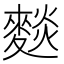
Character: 𮭽